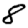
Digit: 8